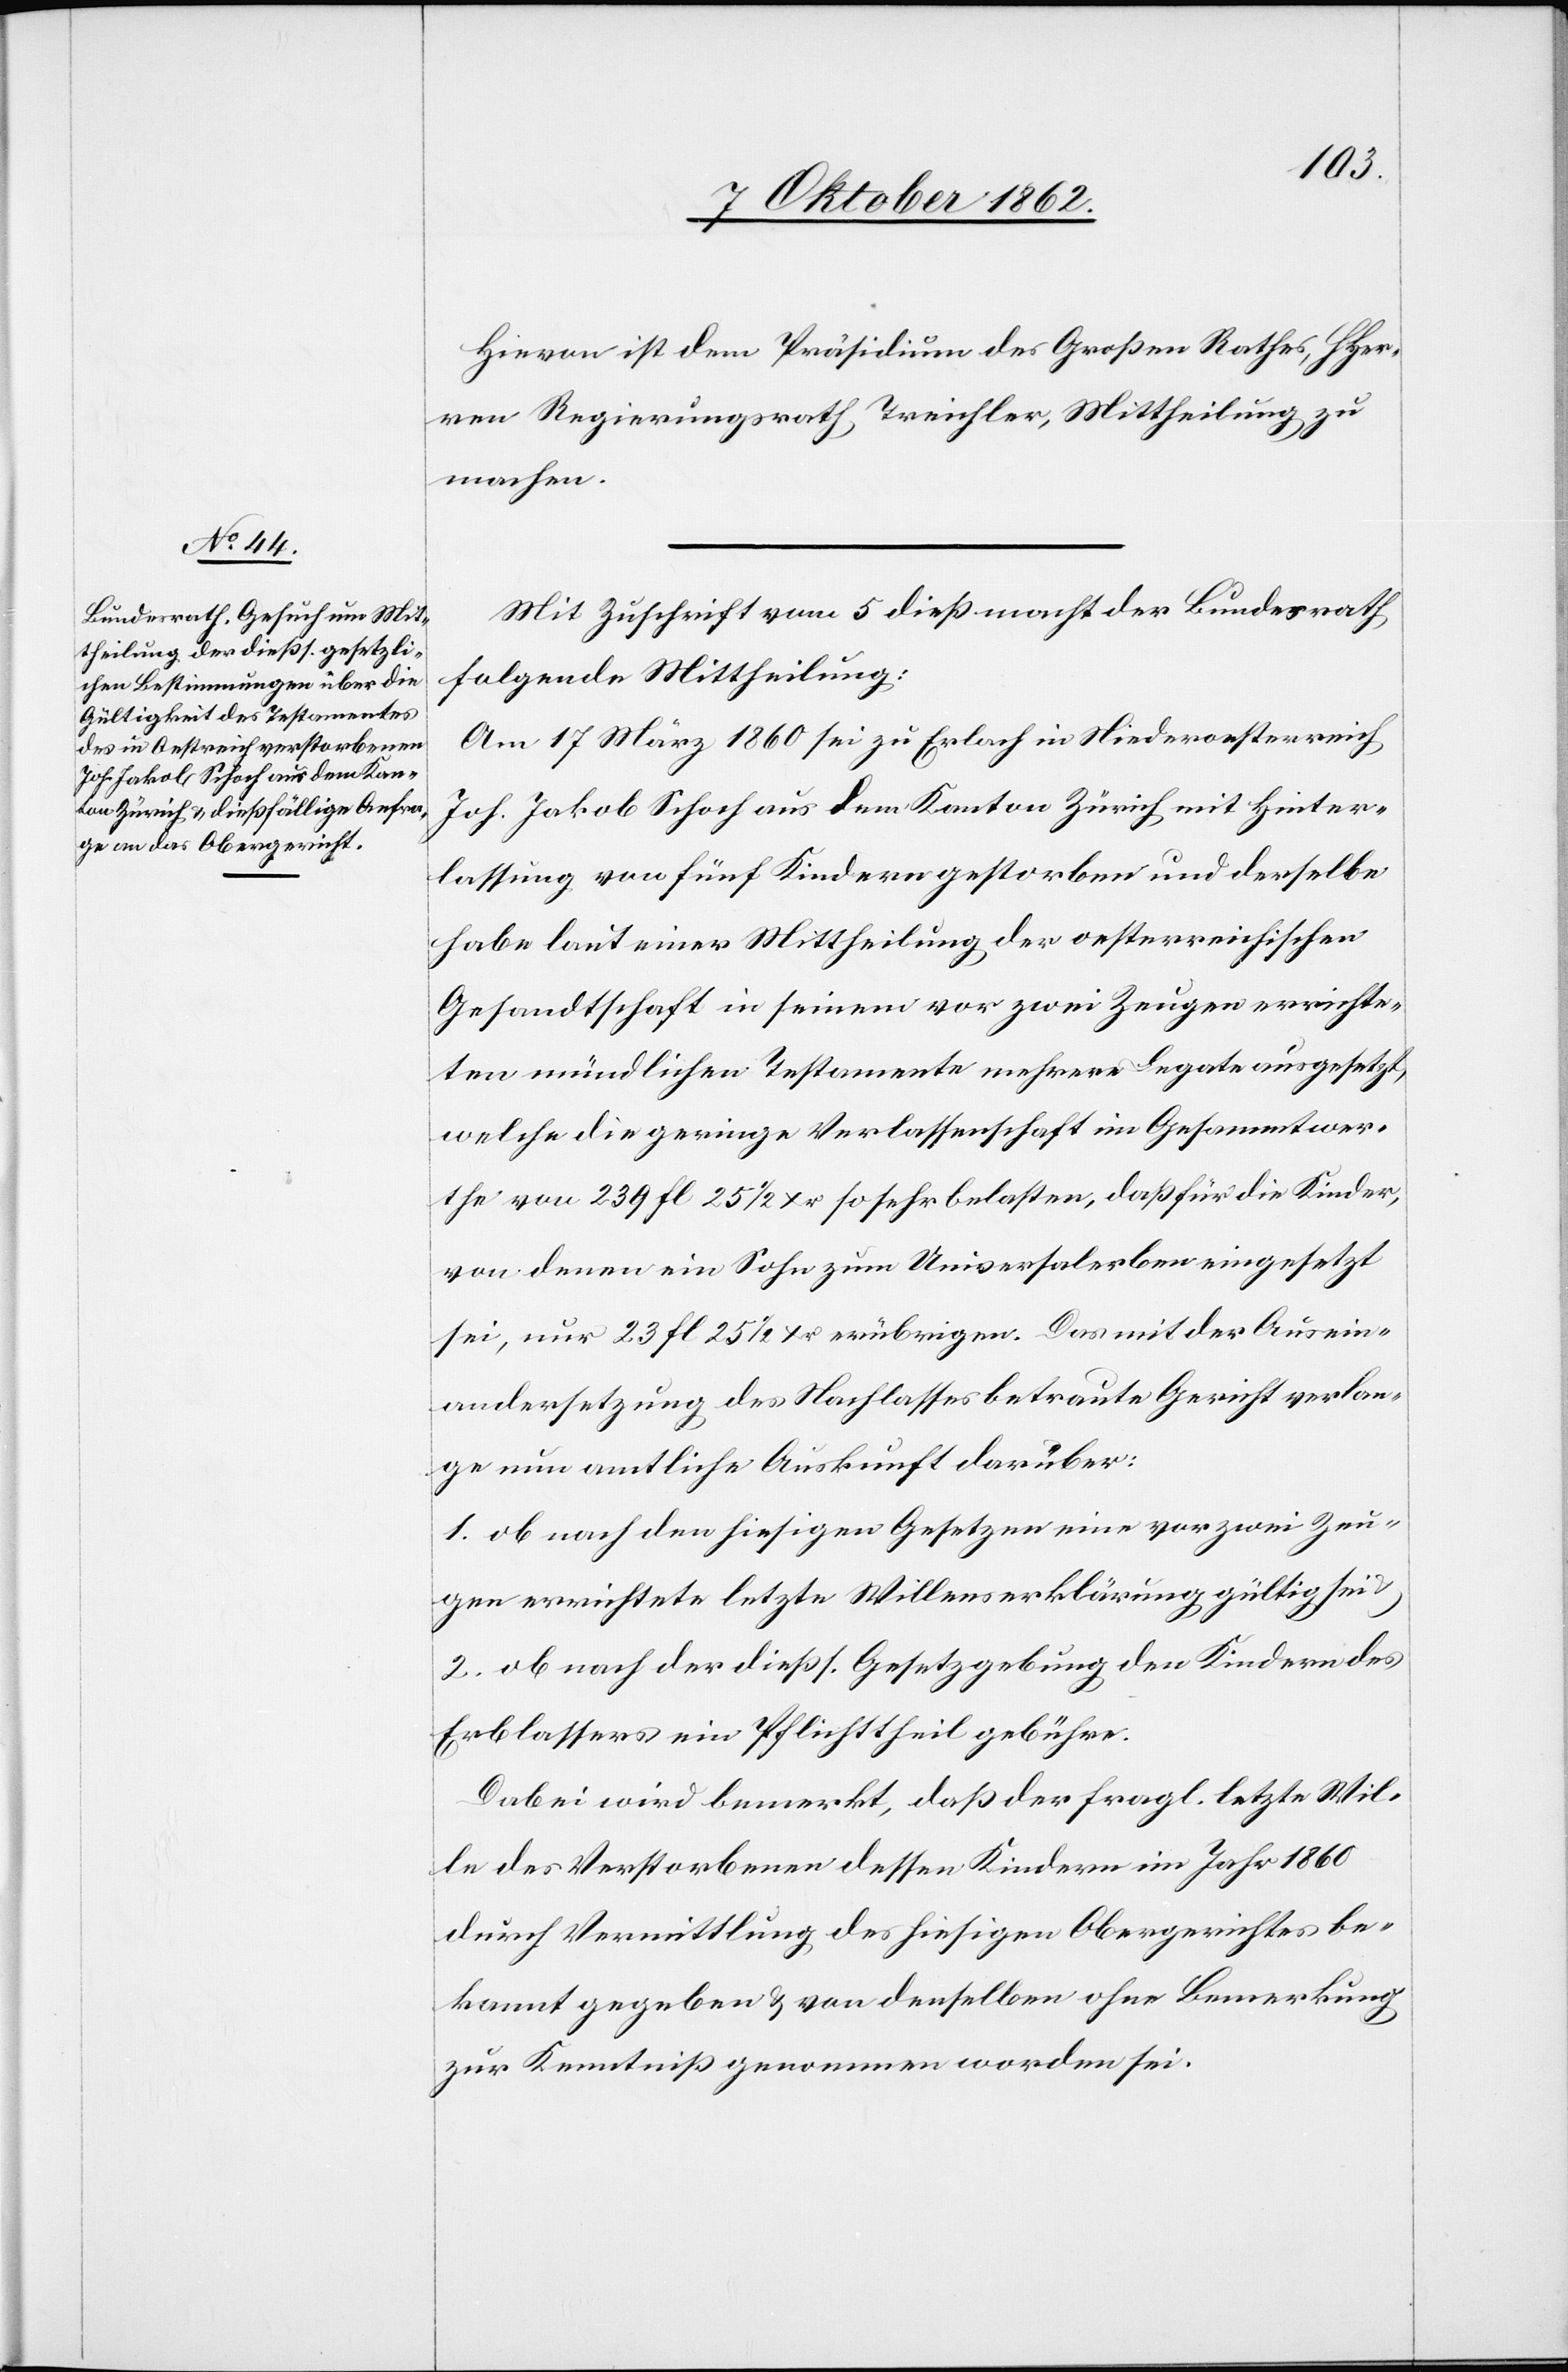
Hievon ist dem Präsidium des Großen Rathes, HHer¬
ren Regierungsrath Treichler, Mittheilung zu
machen.
Mit Zuschrift vom 5. dieß macht der Bundesrath
folgende Mittheilung:
Am 17. März 1860 sei zu Erlach in Niederoesterreich
Joh. Jakob Schoch aus dem Kanton Zürich mit Hinter¬
lassung von fünf Kindern gestorben und derselbe
habe laut einer Mittheilung der oesterreichischen
Gesandtschaft in seinem vor zwei Zeugen errichte¬
ten mündlichen Testamente mehrere Legate ausgesetzt,
welche die geringe Verlassenschaft im Gesammtwer¬
the von 239 fl. 25 1/2 Xr. so sehr belasten, daß für die Kinder,
von denen ein Sohn zum Universalerben eingesetzt
sei, nur 23 fl 25 1/2 Xr. erbringen. Das mit der Ausein¬
andersetzung des Nachlasses betraute Gericht verlan¬
ge nun amtliche Auskunft darüber:
1. ob nach den hiesigen Gesetzen eine vor zwei Zeu¬
gen errichtete letzte Willenserklärung gültig sei
2. ob nach der dießs. Gesetzgebung den Kindern des
Erblassers ein Pflichttheil gebühre.
Dabei wird bemerkt, daß der fragl. letzte Wil¬
le des Verstorbenen dessen Kindern im Jahr 1860
durch Vermittlung des hiesigen Obergerichtes be¬
kannt gegeben u. von denselben ohne Bemerkung
zur Kenntniß genommen worden sei.